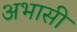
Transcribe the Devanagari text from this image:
अभासी